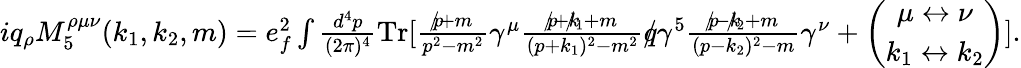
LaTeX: \begin{array}{r}{iq_{\rho}M_{5}^{\rho\mu\nu}(k_{1},k_{2},m)=e_{f}^{2}\int\frac{d^{4}p}{(2\pi)^{4}}\mathrm{{Tr}}[\frac{p\! \! \! /+m}{p^{2}-m^{2}}\gamma^{\mu}\frac{p\! \! \! /+k\! \! \! /_{1}+m}{(p+k_{1})^{2}-m^{2}}q\! \! \! /\gamma^{5}\frac{p\! \! \! /-k\! \! \! /_{2}+m}{(p-k_{2})^{2}-m}\gamma^{\nu}+\left(\begin{array}{c}{\mu\leftrightarrow\nu}\\ {k_{1}\leftrightarrow k_{2}}\end{array}\right)].}\end{array}